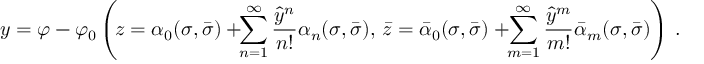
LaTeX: y = \varphi - \varphi _ { 0 } \left( \! z = \alpha _ { 0 } ( \sigma , \bar { \sigma } ) + \! \! \sum _ { n = 1 } ^ { \infty } \frac { { \hat { y } } ^ { n } } { n ! } \alpha _ { n } ( \sigma , \bar { \sigma } ) , \, \bar { z } = \bar { \alpha } _ { 0 } ( \sigma , \bar { \sigma } ) + \! \! \sum _ { m = 1 } ^ { \infty } \frac { { \hat { y } } ^ { m } } { m ! } \bar { \alpha } _ { m } ( \sigma , \bar { \sigma } ) \right) \, .